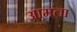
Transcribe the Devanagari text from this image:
आमता